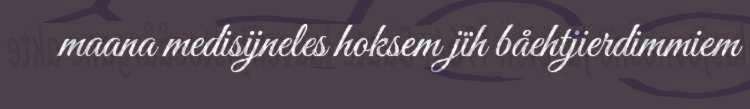
maana medisijneles hoksem jïh båehtjierdimmiem